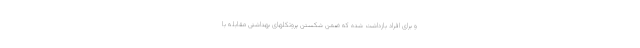
و برای افراد بازداشت شده که ضمن شکستن پروتکلهای بهداشتی مقابله با